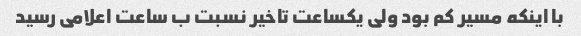
با اینکه مسیر کم بود ولی یکساعت تاخیر نسبت ب ساعت اعلامی رسید